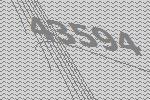
43594